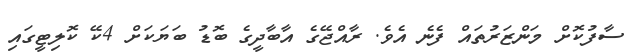
ސާފުކޮށް މަންޒަރުތައް ފެނެ އެވެ. ރާއްޖޭގެ އާބާދީގެ ބޮޑު ބަޔަކަށް 4ކޭ ކޮލިޓީގައި